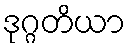
ဒုဂ္ဂတိယာ